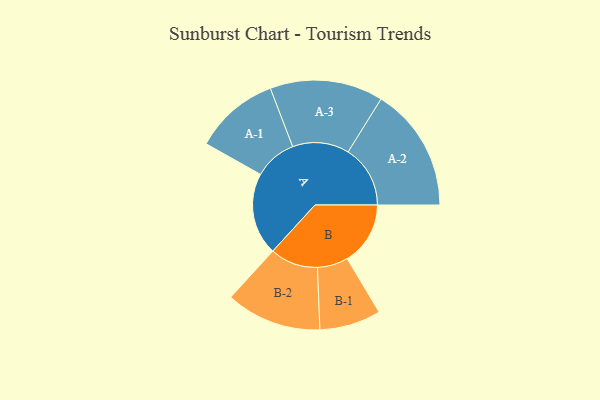
{"axis": {"x": "Segment", "y": "Value"}, "legend": ["", "A", "B"], "data": [{"x": "A", "y": 397, "type": ""}, {"x": "B", "y": 305, "type": ""}, {"x": "A-1", "y": 205, "type": "A"}, {"x": "A-2", "y": 300, "type": "A"}, {"x": "A-3", "y": 273, "type": "A"}, {"x": "B-1", "y": 148, "type": "B"}, {"x": "B-2", "y": 231, "type": "B"}]}